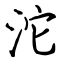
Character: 沱